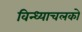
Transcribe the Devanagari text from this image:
विन्ध्याचलको